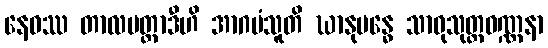
နေဝဿ တာလပတ္တာဒီဟိ အာဂမံသူတိ ဃာနုဗန္ဓေ သာဓုသုတ္တဝဏ္ဏနာ